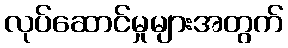
လုပ်ဆောင်မှုများအတွက်